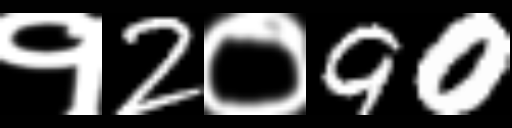
Text: १2०90